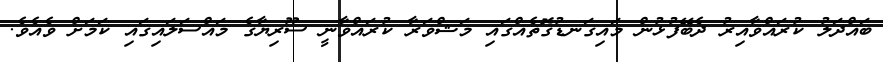
ބައްދަލު ކުރައްވާއިރު ދެބޭފުޅުން މައިގަނޑުގޮތެއްގައި މަޝްވަރާ ކުރައްވާނީ ސޫރިޔާގެ މައްސަލައިގައި ކަމަށް ވެއެވެ.